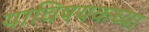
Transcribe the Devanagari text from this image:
याविषयकच्या